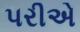
પરીએ